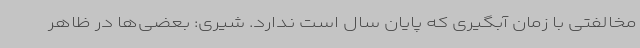
مخالفتی با زمان آبگیری که پایان سال است ندارد. شیری: بعضی‌ها در ظاهر